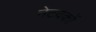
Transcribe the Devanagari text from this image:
नेटवकों